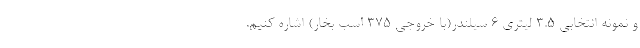
و نمونه انتخابی 3.5 لیتری 6 سیلندر(با خروجی 375 اسب بخار) اشاره کنیم.